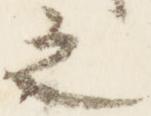
之